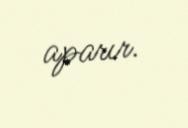
aparır.